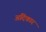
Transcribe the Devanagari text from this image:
अदिकार